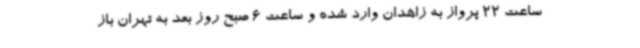
ساعت 22 پرواز به زاهدان وارد شده و ساعت 6 صبح روز بعد به تهران باز